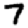
Digit: 7